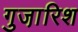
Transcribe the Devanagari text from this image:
गुजा़रिश